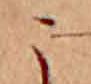
こ